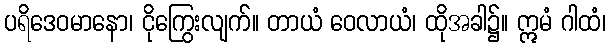
ပရိဒေဝမာနော၊ ငိုကြွေးလျက်။ တာယံ ဝေလာယံ၊ ထိုအခါ၌။ ဣမံ ဂါထံ၊